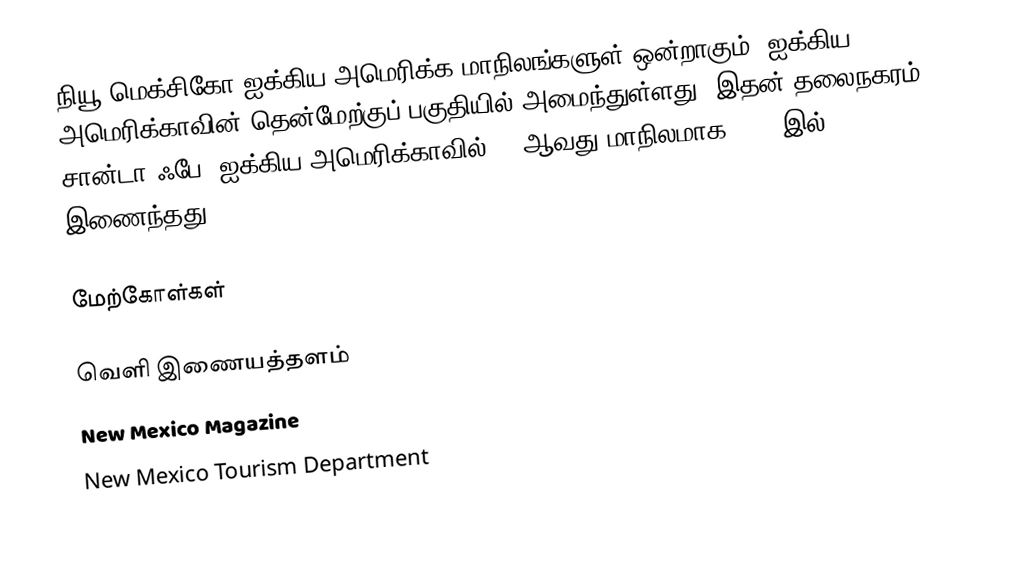
நியூ மெக்சிகோ ஐக்கிய அமெரிக்க மாநிலங்களுள் ஒன்றாகும். ஐக்கிய அமெரிக்காவின் தென்மேற்குப் பகுதியில் அமைந்துள்ளது. இதன் தலைநகரம் சான்டா ஃபே. ஐக்கிய அமெரிக்காவில் 47 ஆவது மாநிலமாக 1912 இல் இணைந்தது.

மேற்கோள்கள்

வெளி இணையத்தளம்
  New Mexico Magazine
  New Mexico Tourism Department